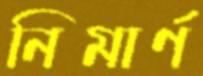
নিমার্ণ